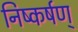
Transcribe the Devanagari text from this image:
निष्कर्षण्